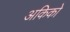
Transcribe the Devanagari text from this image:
अकिको